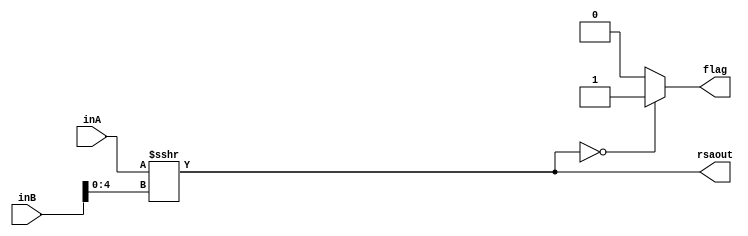
module RSA(inA, inB, rsaout, flag);
    input [31:0] inA;
    input [31:0] inB;
    output reg [31:0] rsaout;
    output reg flag;
    
    always@(*) begin
        rsaout = $signed(inA)>>>inB[4:0];
        if(rsaout==0)
            flag = 1;
        else
            flag = 0;
    end
endmodule